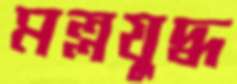
মল্লযুদ্ধ